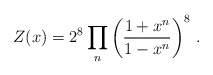
\begin{align*}Z(x) = 2^{8}\prod_{n}\left(\frac{1+x^{n}}{1-x^{n}}\right)^{8} \, .\end{align*}